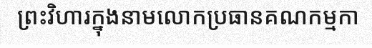
ព្រះវិហារក្នុងនាមលោកប្រធានគណកម្មកា